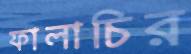
ফালাচির